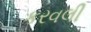
કરવલી